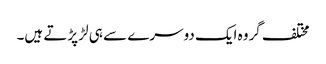
مختلف گروہ ایک دوسرے سے ہی لڑ پڑتے ہیں۔